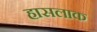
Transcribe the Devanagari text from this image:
हासलाक